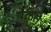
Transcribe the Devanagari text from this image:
पळते